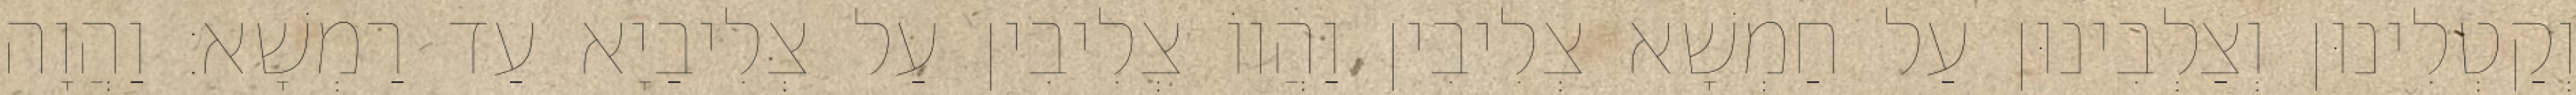
וְקַטְלִינוּן וְצַלְבִינוּן עַל חַמְשָׁא צְלִיבִין וַהֲווֹ צְלִיבִין עַל צְלִיבַיָא עַד רַמְשָׁא׃ וַהֲוָה